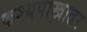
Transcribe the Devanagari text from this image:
कश्यपाखातर